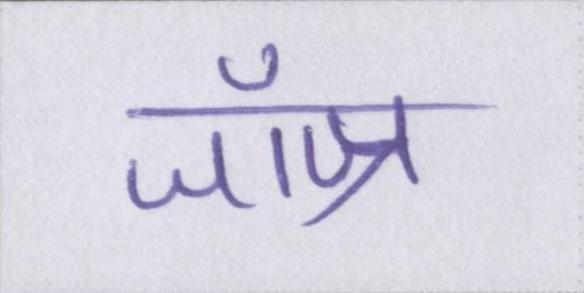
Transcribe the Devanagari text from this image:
जॉज्र